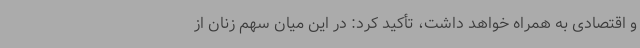
و اقتصادی به همراه خواهد داشت، تأکید کرد: در این میان سهم زنان از